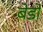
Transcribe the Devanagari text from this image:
बेडों